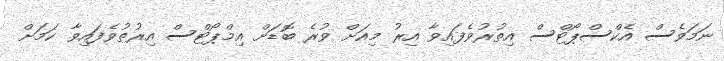
ނަމަވެސް އެކްސްޕޯޓްސް އިތުރުވެފައިވާ އިރު މިއަށް ވުރެ ބޮޑަށް އިމްޕޯޓްސް އިރުތުވެފައިވާ ކަމަށް